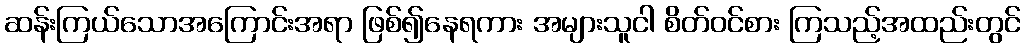
ဆန်းကြယ်သောအကြောင်းအရာ ဖြစ်၍နေရကား အများသူငါ စိတ်ဝင်စား ကြသည့်အထည်းတွင်